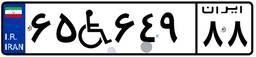
۶۵W۶۴۹۸۸